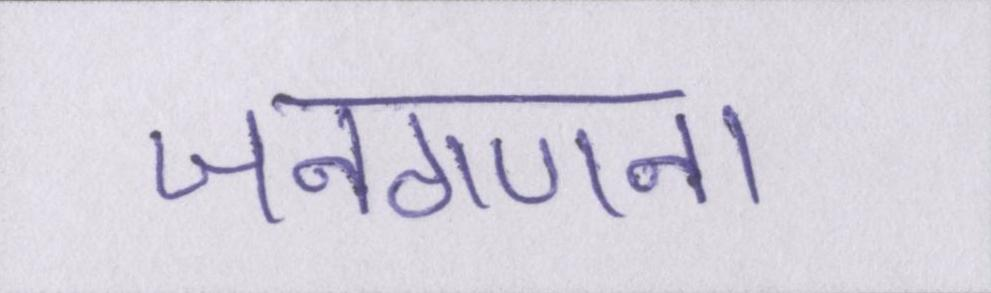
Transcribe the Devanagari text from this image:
जनगणना